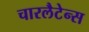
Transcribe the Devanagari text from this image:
चारलैटेन्स